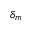
\delta _ { m }